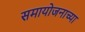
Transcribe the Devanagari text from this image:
समायोजनाच्या